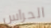
الحراس